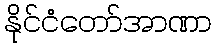
နိုင်ငံတော်အာဏာ